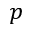
p